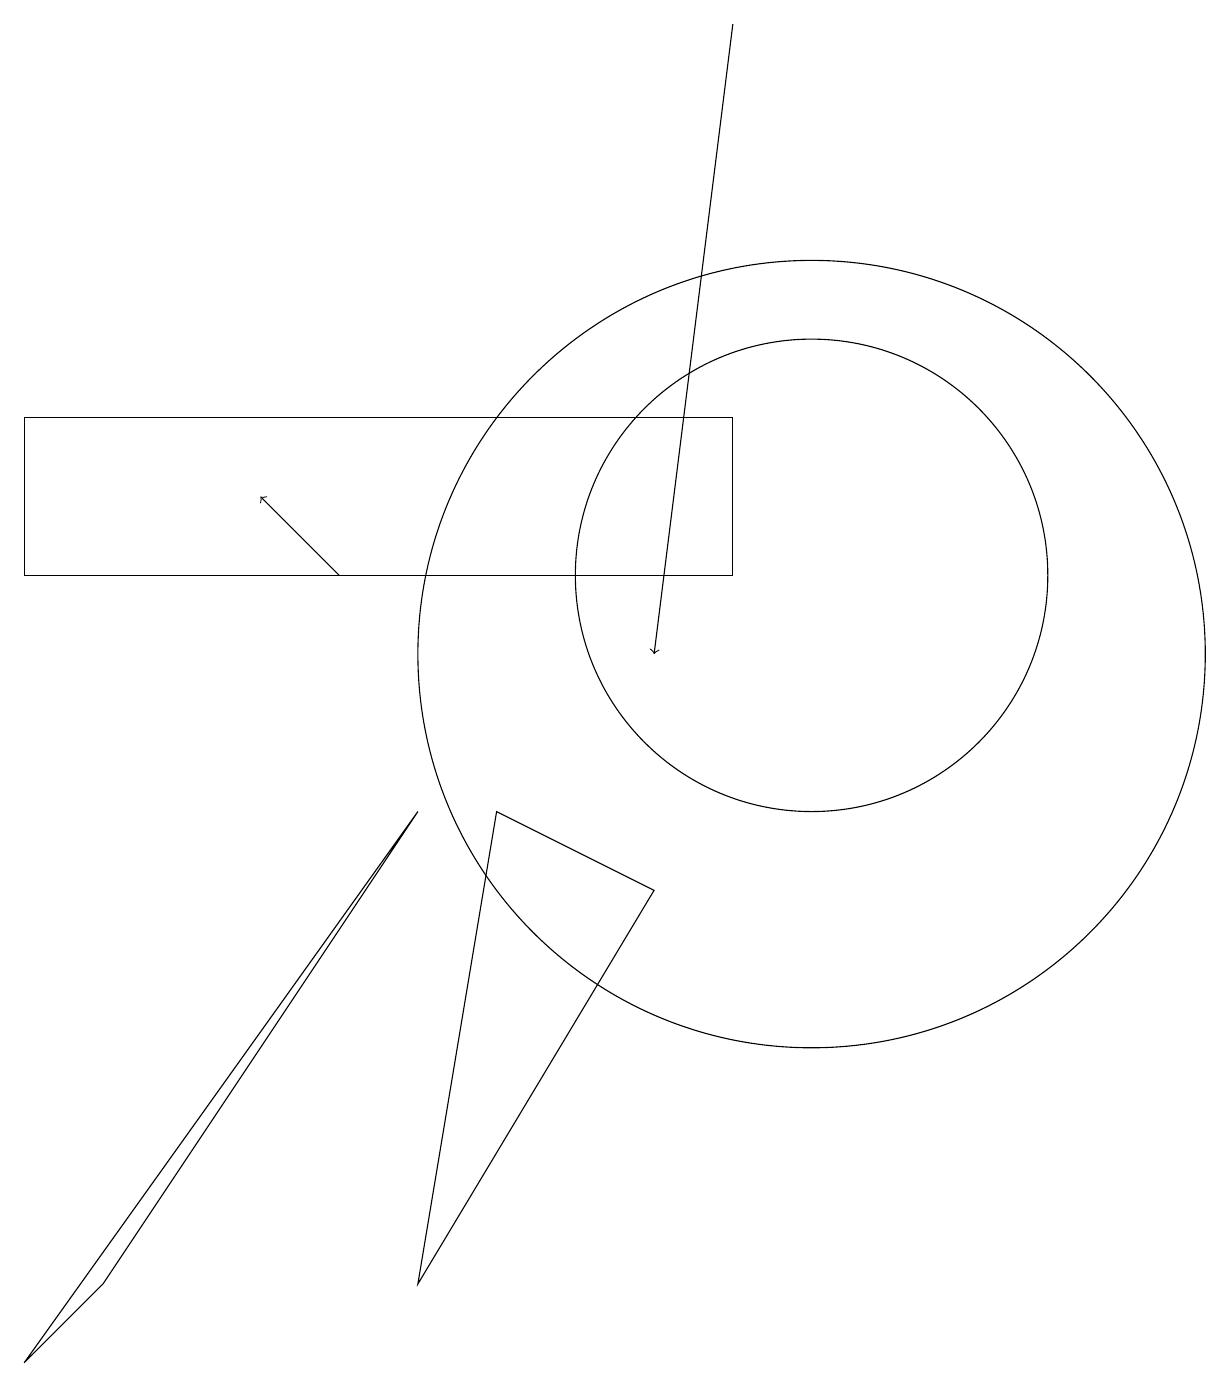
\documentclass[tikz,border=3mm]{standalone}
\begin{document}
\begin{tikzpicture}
\draw (8,7) -- (5,2) -- (6,8) -- cycle;
\draw[->] (4,11) -- (3,12);
\draw (0,13) rectangle (9,11);
\draw (10,10) circle (5);
\draw[->] (9,18) -- (8,10);
\draw (10,11) circle (3);
\draw (0,1) -- (1,2) -- (5,8) -- cycle;
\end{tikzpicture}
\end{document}